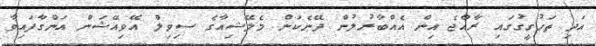
އަދި ތަހުގީގުގައި ރާއްޖެ އިން އެއްބާރުލުން ދޭނެކަން މެލޭޝިއާގެ ސިވިލް އޭވިއޭޝަން އަންގާފައިވާ